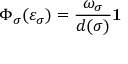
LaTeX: \Phi _ { \sigma } ( \varepsilon _ { \sigma } ) = \frac { \omega _ { \sigma } } { d ( \sigma ) } { \bf 1 }